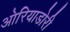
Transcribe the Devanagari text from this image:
ओरियाडोरी